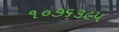
૧૦૭૬૩૯૫